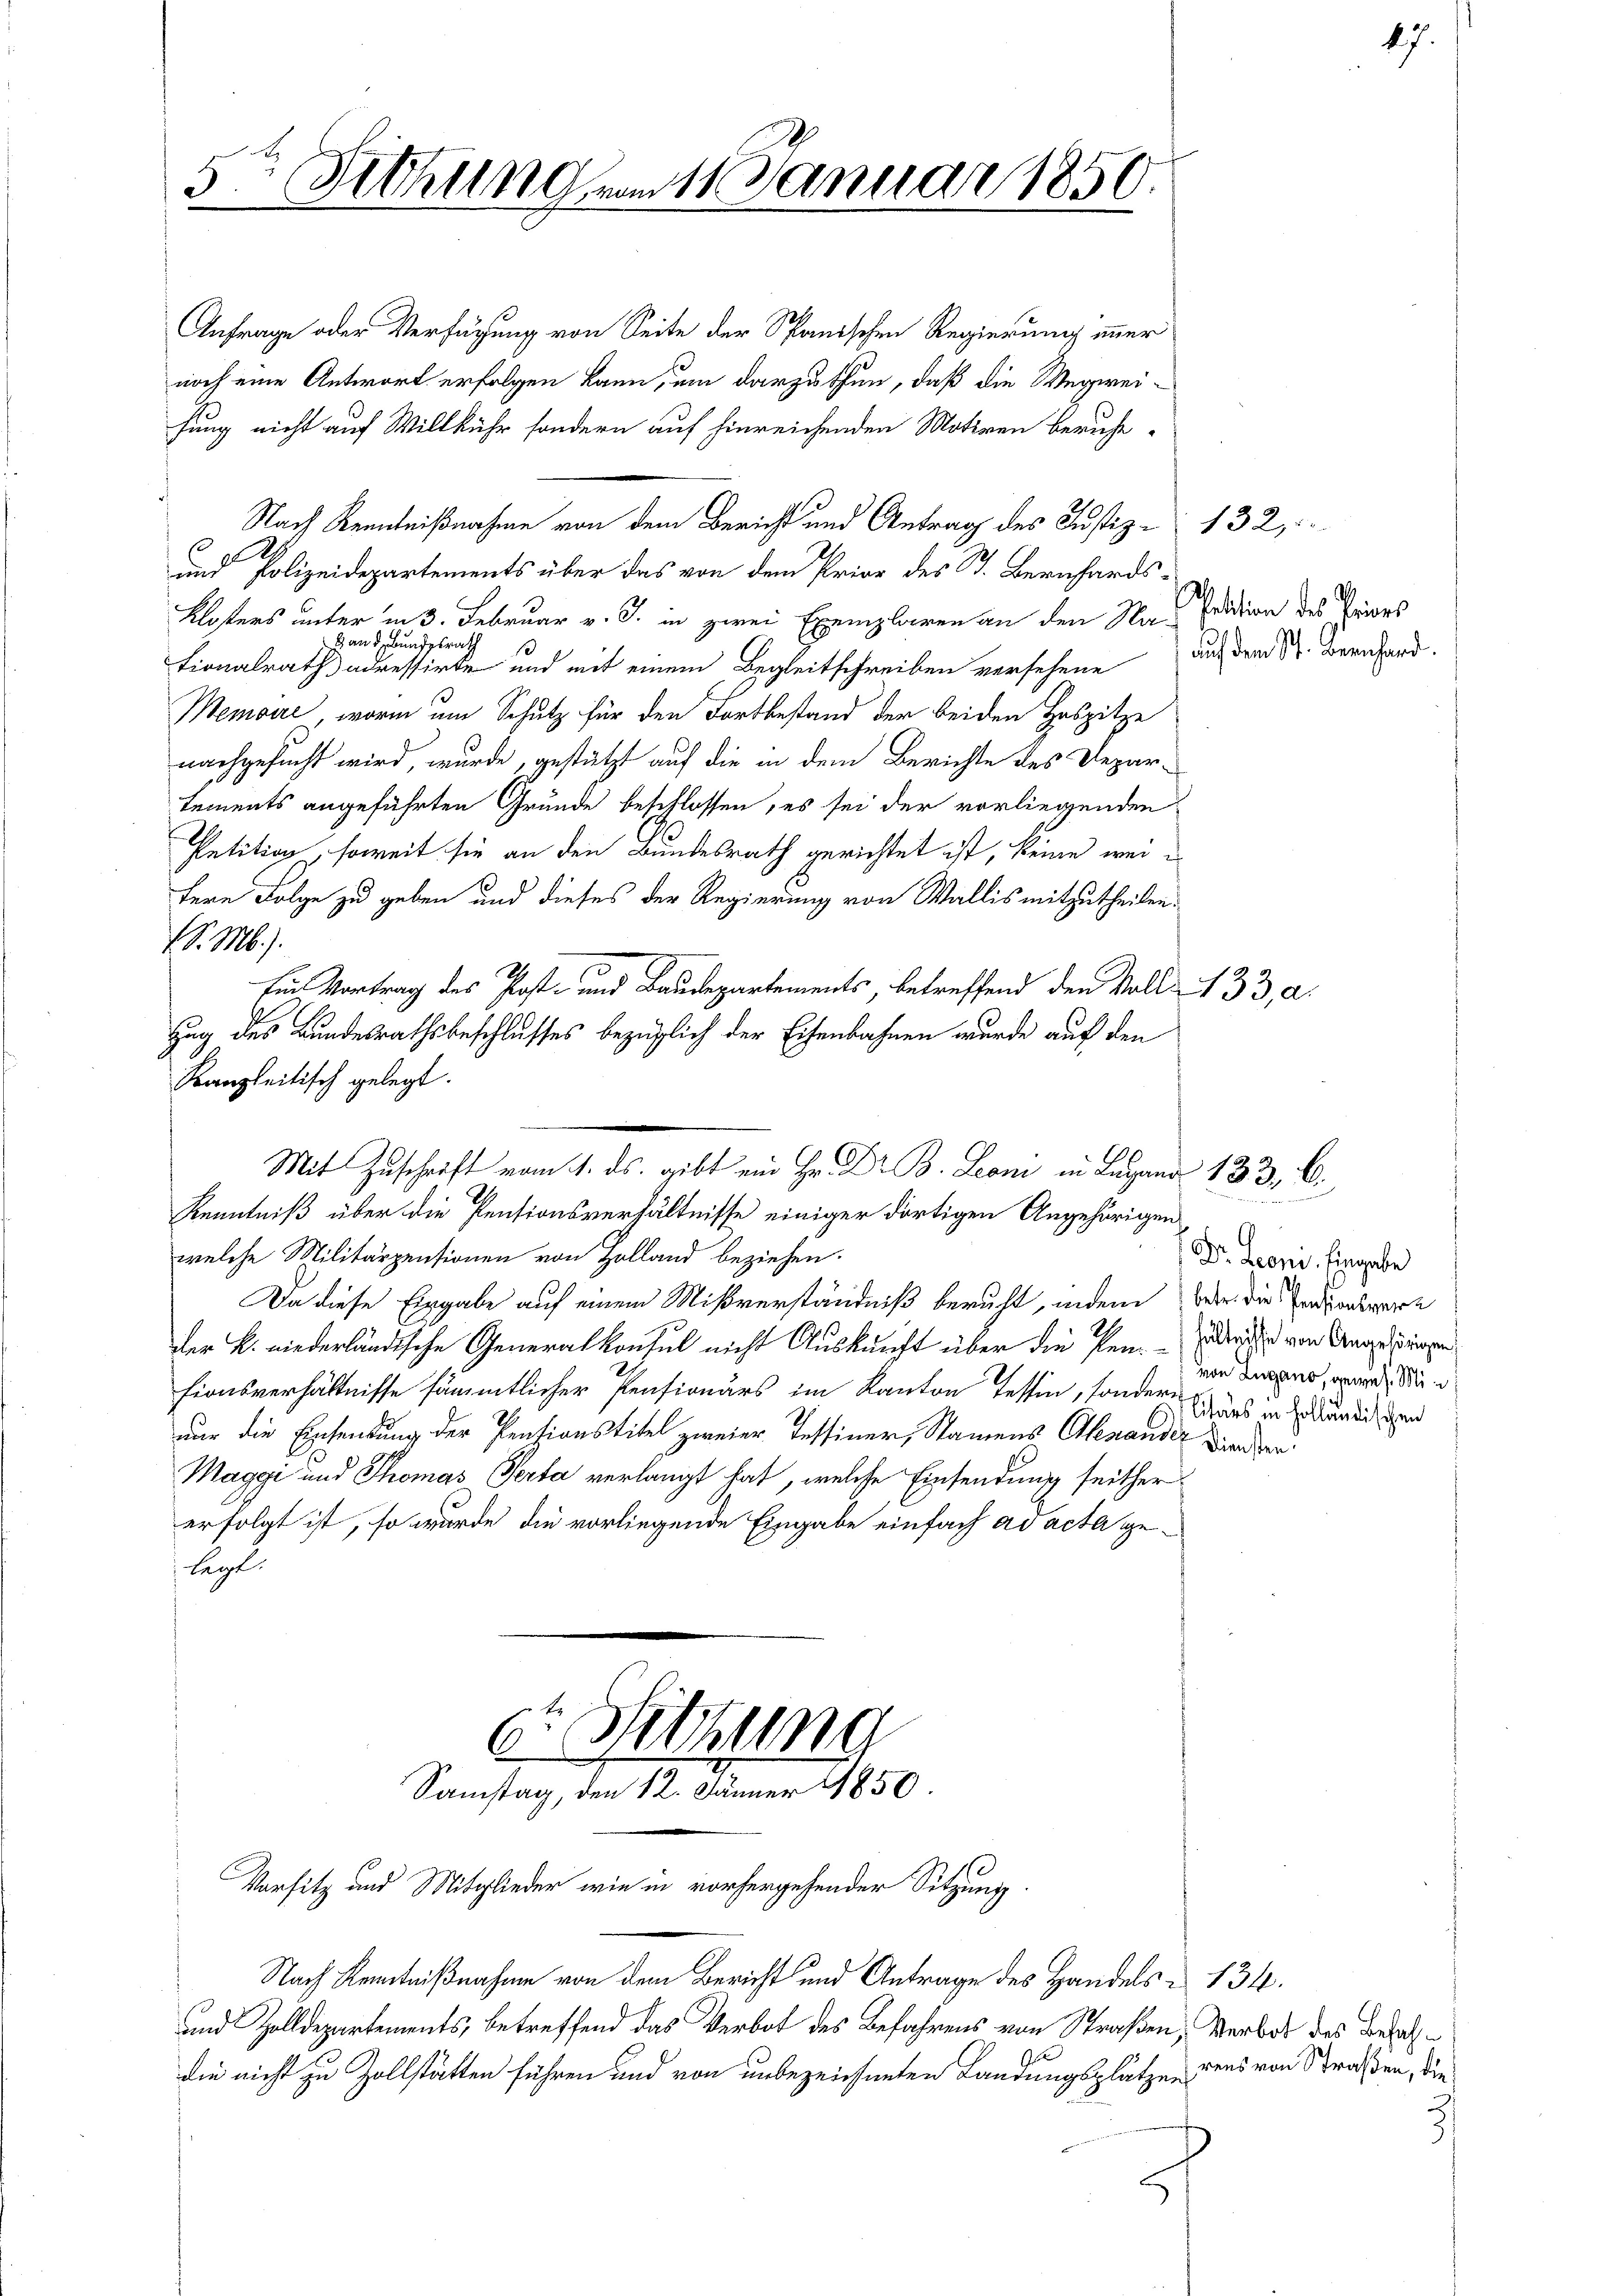
5. Siehungen 11. Januar 1850
.

r Sitzung
Samstag, den 12. Jänner 1850
Vorsitz und Mitglieder wie in vorhergehender Sitzung

Anfrage oder Verfügung von Seite der Spanischen Regierung immer
noch eine Antwort erfolgen kann, um darzuthun, daß die Wegwei-
hung nicht auf Willkühr sondern auf hinreichenden Motiven beruhe
Nach Kenntnißnahme von dem Bericht und Antrag des Justiz- 132,
2
und Polizeidepartements über das von dem Prior des St. Bernhards¬
Klosters unter in 3. Februar v. J. in zwei Exemplaren an den Na-Feldion des Pries
and. Bundesrath
tionalrath adressirte und mit einem Begleitschreiben versehene auf dem Dr. Bernhard
Memoire, worin am Schutz für den Fortbestand der beiden Hospitze
nachgesucht wird, wurde, gestützt auf die in dem Berichte des Departements angeführten Grunde beschlossen, es sei der vorliegenden
Petition, soweit sie an den Bundesrath gerichtet ist, keine weifere Folge zu geben und dieses der Regierung von Wallis mitzutheilen
S. M.).
Ein Vortrag des Post- und Baudepartements, betreffend den Voll- 133, a.
Zug des Bundesrathsbeschlusses bezüglich der Eisenbahnen wurde auf den
Kanzleitisch gelegt.
Mit Zuschrift vom 1. ds. gibt ein Hr. Dr B. Leoni in Lugand 133, 6.
Kenntniß über die Pentionsverhältnisse einiger dortigen Angehörigen
welche Militärpentionen von Holland beziehen.
Da diese Eingabe auf einem Mißverständniß beruht, indem bei die Endsonsware
Der B. niederländische Generalkonsul nicht Auskunft über die Pen-Gedeihe von Angestrigen
tionsverhältnisse sämmtlicher Pensionärs im Kanton Tessin, sondern Grad in sodandi zu
nur die Einsendung der Pensionstitel zweier Tessiner, Stammens Alexander Kinder
Maggi und Thomas Perta verlangt hat, welche Einsendung seithererfolgt ist, so wurde die vorliegende Eingabe einfach ad acta gelegt.

Nach Kenntnißnahme von dem Bericht und Antrage des Handels 134.
und Zolldepartements, betreffend das Verbot des Befahrens von Straßen, Verbot des Bezahdie nicht zu Zollstätten führen und von unbezeichneten Landungsplätzen dens von Straßen, die

47.

Dr. Leoni. Eingabe
von Lugano, gewes. Min